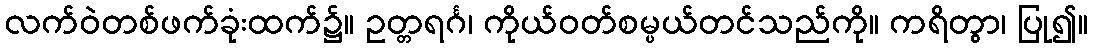
လက်ဝဲတစ်ဖက်ခုံးထက်၌။ ဥတ္တရင်္ဂ၊ ကိုယ်ဝတ်စမ္ပယ်တင်သည်ကို။ ကရိတွာ၊ ပြု၍။